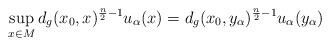
LaTeX: \begin{align*}\sup_{x\in M}d_g(x_0, x)^{\frac{n}{2}-1}u_\alpha(x) = d_g(x_0,y_\alpha)^{\frac{n}{2}-1}u_\alpha(y_\alpha)\end{align*}